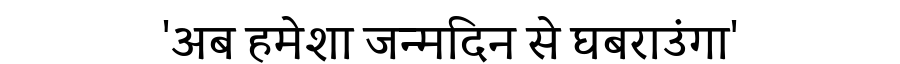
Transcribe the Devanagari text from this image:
'अब हमेशा जन्मदिन से घबराउंगा'